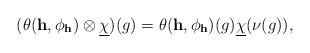
LaTeX: \begin{align*} (\theta(\mathbf h,\phi_{\mathbf h}) \otimes \underline{\chi})(g) = \theta(\mathbf h,\phi_{\mathbf h})(g) \underline{\chi}(\nu(g)),\end{align*}